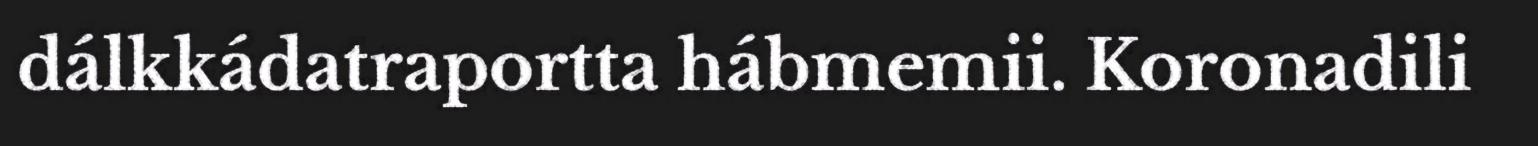
dálkkádatraportta hábmemii. Koronadili